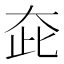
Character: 𡗼